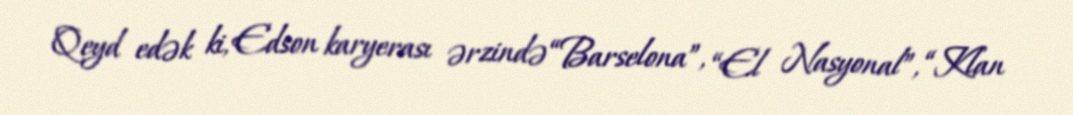
Qeyd edək ki, Edson karyerası ərzində “Barselona”, “El Nasyonal”, “Klan